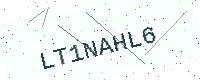
Text: LT1NAHL6